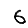
Digit: 6